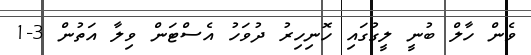
ވެން ހާލް ބުނީ ލީގުގައި ހޮނިހިރު ދުވަހު އެސްޓަން ވިލާ އަތުން 3-1